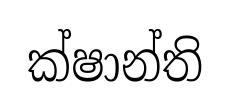
ක්ෂාන්ති